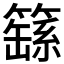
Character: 𮆚